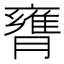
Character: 𦡚